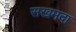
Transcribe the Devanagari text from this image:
सखमदा